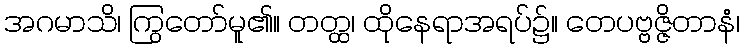
အဂမာသိ၊ ကြွတော်မူ၏။ တတ္ထ၊ ထိုနေရာအရပ်၌။ တေပဗ္ဗဇ္ဇိတာနံ၊